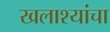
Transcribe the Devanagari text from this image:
खलाश्यांचा